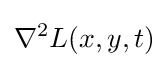
\nabla ^{2}L(x,y,t)